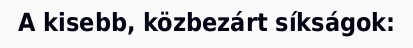
A kisebb, közbezárt síkságok: